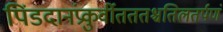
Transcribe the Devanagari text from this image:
पिंडदानंप्रकुर्वीतततश्चतिलतर्पणं